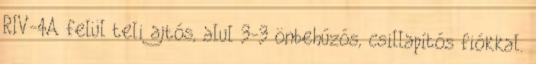
RIV-4A felül teli ajtós, alul 3-3 önbehúzós, csillapítós fiókkal.